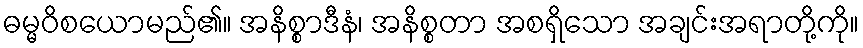
ဓမ္မဝိစယောမည်၏။ အနိစ္စာဒီနံ၊ အနိစ္စတာ အစရှိသော အချင်းအရာတို့ကို။